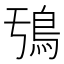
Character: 𮬧